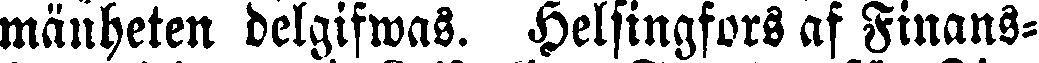
mänheten delgifwas. Helsingfors af Finans-